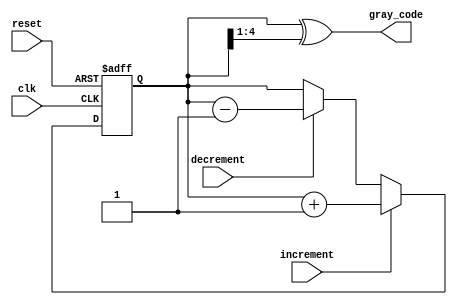
module Bidirectional_Gray_Counter (
    input wire clk,
    input wire reset,
    input wire increment,
    input wire decrement,
    output reg [4:0] gray_code
);

reg [4:0] count;

always @ (posedge clk or posedge reset) begin
    if (reset) begin
        count <= 5'b00000; // Initialize counter to specific value
    end else begin
        if (increment) begin
            count <= count + 1; // Increment count value
        end else if (decrement) begin
            count <= count - 1; // Decrement count value
        end
    end
end

assign gray_code = count ^ (count >> 1); // Convert binary count value to Gray code

endmodule